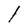
Character: l